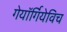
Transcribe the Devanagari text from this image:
गेयॉर्गियेविच